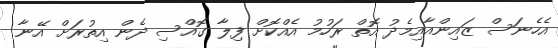
އެހެނަސް ޒައިންއާއިމެދު އޮތް ރަހުމު އެއްކޮށް ފިލާ ގޮއްސި ދެން އިތުރަށް އޭނާ